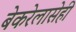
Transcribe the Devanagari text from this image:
बेकरेलासेही